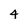
Character: 4